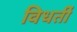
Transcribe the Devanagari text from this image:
विधर्ती